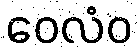
ဝေလံဝ